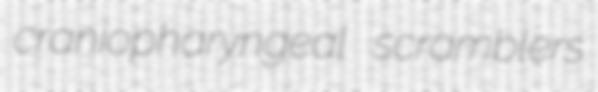
craniopharyngeal scramblers